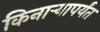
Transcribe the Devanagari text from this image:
किनार्‍यापर्यंत